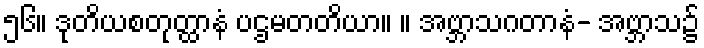
၅၆။ ဒုတိယစတုတ္ထာနံ ပဌမတတိယာ။ ။ အဗ္ဘာသဂတာနံ- အဗ္ဘာသ၌